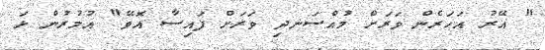
" އޭރު އަހަރެން ވަރަށް މުއްސަނދި ވަރަށް ފައިސާ އޮވޭ" އުމުރުން ޅަ